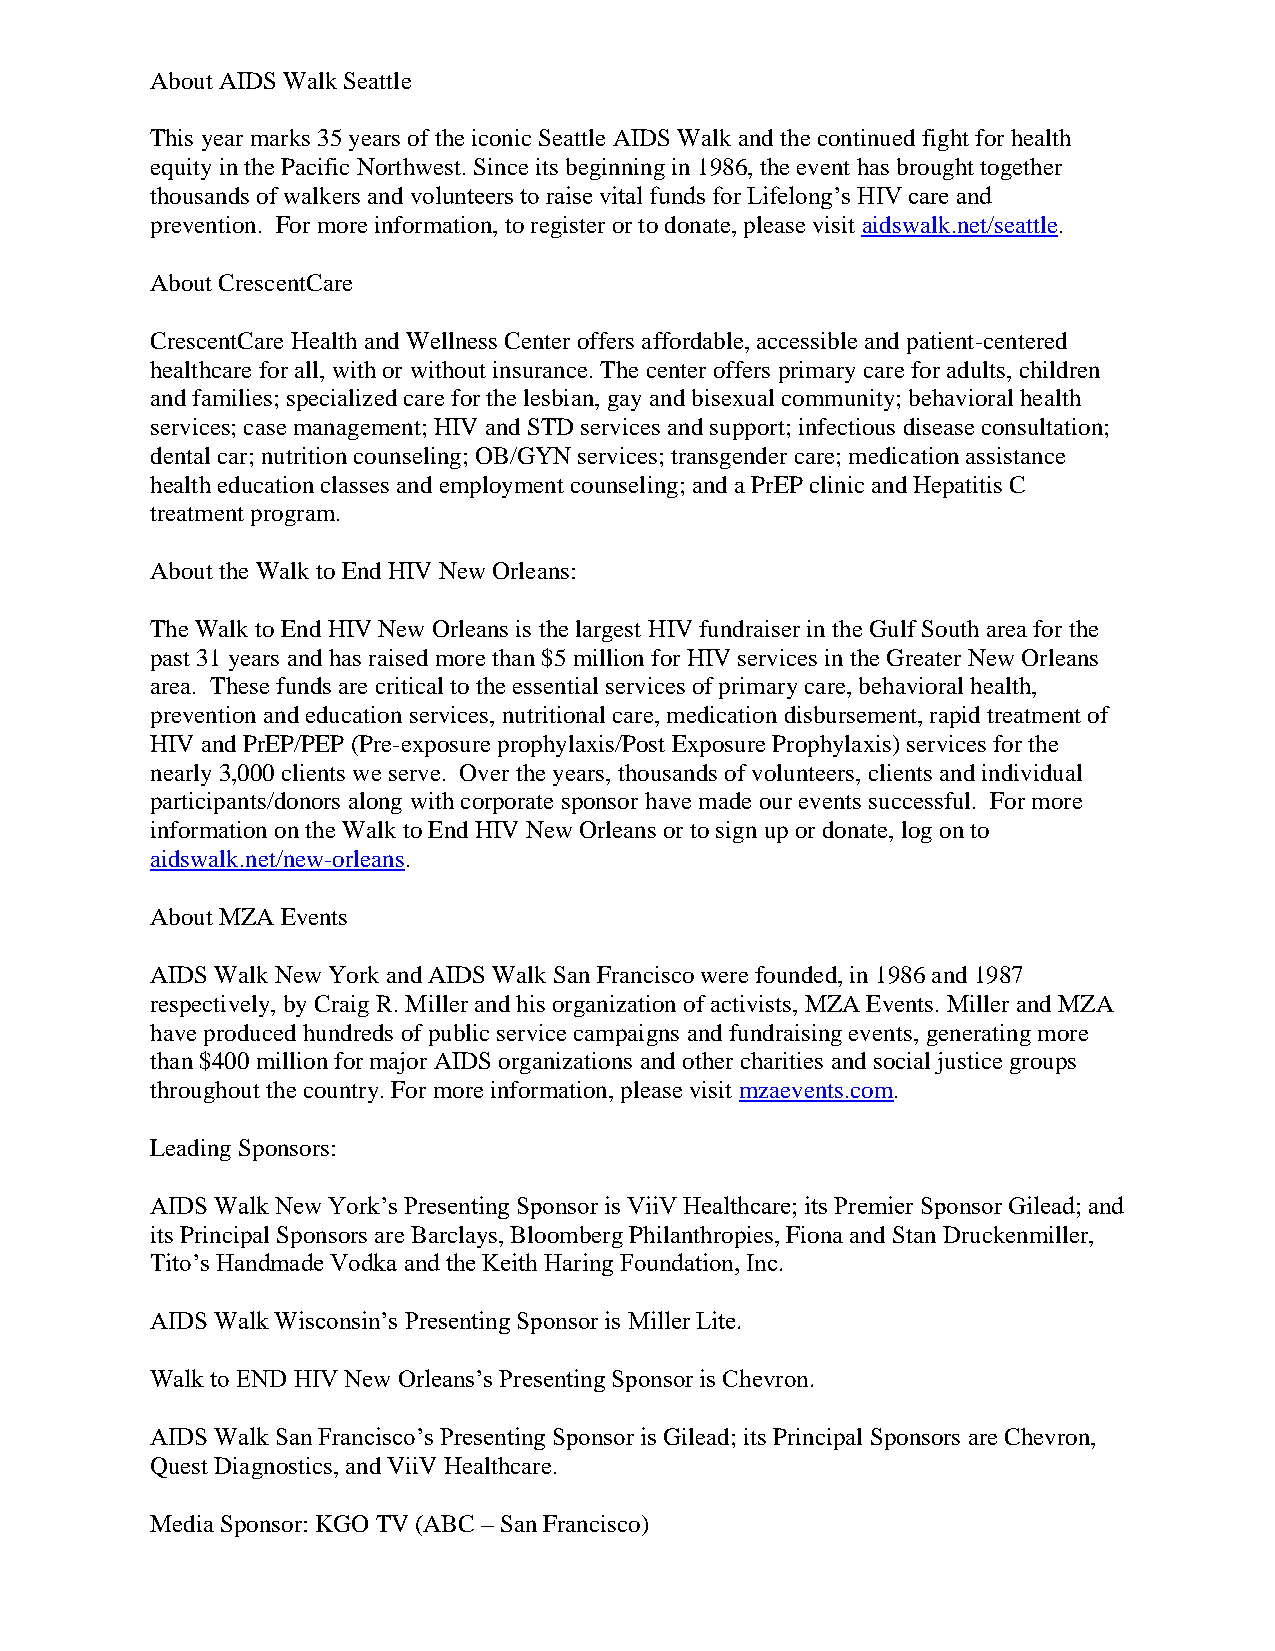
About AIDS Walk Seattle
 This year marks 35 years of the iconic Seattle AIDS Walk and the continued fight for health
 equity in the Pacific Northwest. Since its beginning in 1986, the event has brought together
 thousands of walkers and volunteers to raise vital funds for Lifelong’s HIV care and
 prevention. For more information, to register or to donate, please visit aidswalk.net/seattle.
 About CrescentCare
 CrescentCare Health and Wellness Center offers affordable, accessible and patient-centered
 healthcare for all, with or without insurance. The center offers primary care for adults, children
 and families; specialized care for the lesbian, gay and bisexual community; behavioral health
 services; case management; HIV and STD services and support; infectious disease consultation;
 dental car; nutrition counseling; OB/GYN services; transgender care; medication assistance
 health education classes and employment counseling; and a PrEP clinic and Hepatitis C
 treatment program.
 About the Walk to End HIV New Orleans:
 The Walk to End HIV New Orleans is the largest HIV fundraiser in the Gulf South area for the
 past 31 years and has raised more than $5 million for HIV services in the Greater New Orleans
 area. These funds are critical to the essential services of primary care, behavioral health,
 prevention and education services, nutritional care, medication disbursement, rapid treatment of
 HIV and PrEP/PEP (Pre-exposure prophylaxis/Post Exposure Prophylaxis) services for the
 nearly 3,000 clients we serve. Over the years, thousands of volunteers, clients and individual
 participants/donors along with corporate sponsor have made our events successful. For more
 information on the Walk to End HIV New Orleans or to sign up or donate, log on to
 aidswalk.net/new-orleans.
 About MZA Events
 AIDS Walk New York and AIDS Walk San Francisco were founded, in 1986 and 1987
 respectively, by Craig R. Miller and his organization of activists, MZA Events. Miller and MZA
 have produced hundreds of public service campaigns and fundraising events, generating more
 than $400 million for major AIDS organizations and other charities and social justice groups
 throughout the country. For more information, please visit mzaevents.com.
 Leading Sponsors:
 AIDS Walk New York’s Presenting Sponsor is ViiV Healthcare; its Premier Sponsor Gilead; and
 its Principal Sponsors are Barclays, Bloomberg Philanthropies, Fiona and Stan Druckenmiller,
 Tito’s Handmade Vodka and the Keith Haring Foundation, Inc.
 AIDS Walk Wisconsin’s Presenting Sponsor is Miller Lite.
 Walk to END HIV New Orleans’s Presenting Sponsor is Chevron.
 AIDS Walk San Francisco’s Presenting Sponsor is Gilead; its Principal Sponsors are Chevron,
 Quest Diagnostics, and ViiV Healthcare.
 Media Sponsor: KGO TV (ABC – San Francisco)